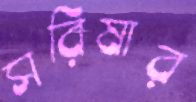
সরিষার